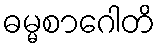
ဓမ္မစာဂေါတိ